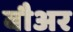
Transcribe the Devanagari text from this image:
बौअर